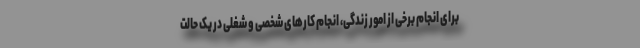
برای انجام برخی از امور زندگی، انجام کارهای شخصی و شغلی در یک حالت